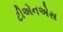
ટીએનએસ